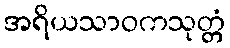
အရိယသာဝကသုတ္တံ